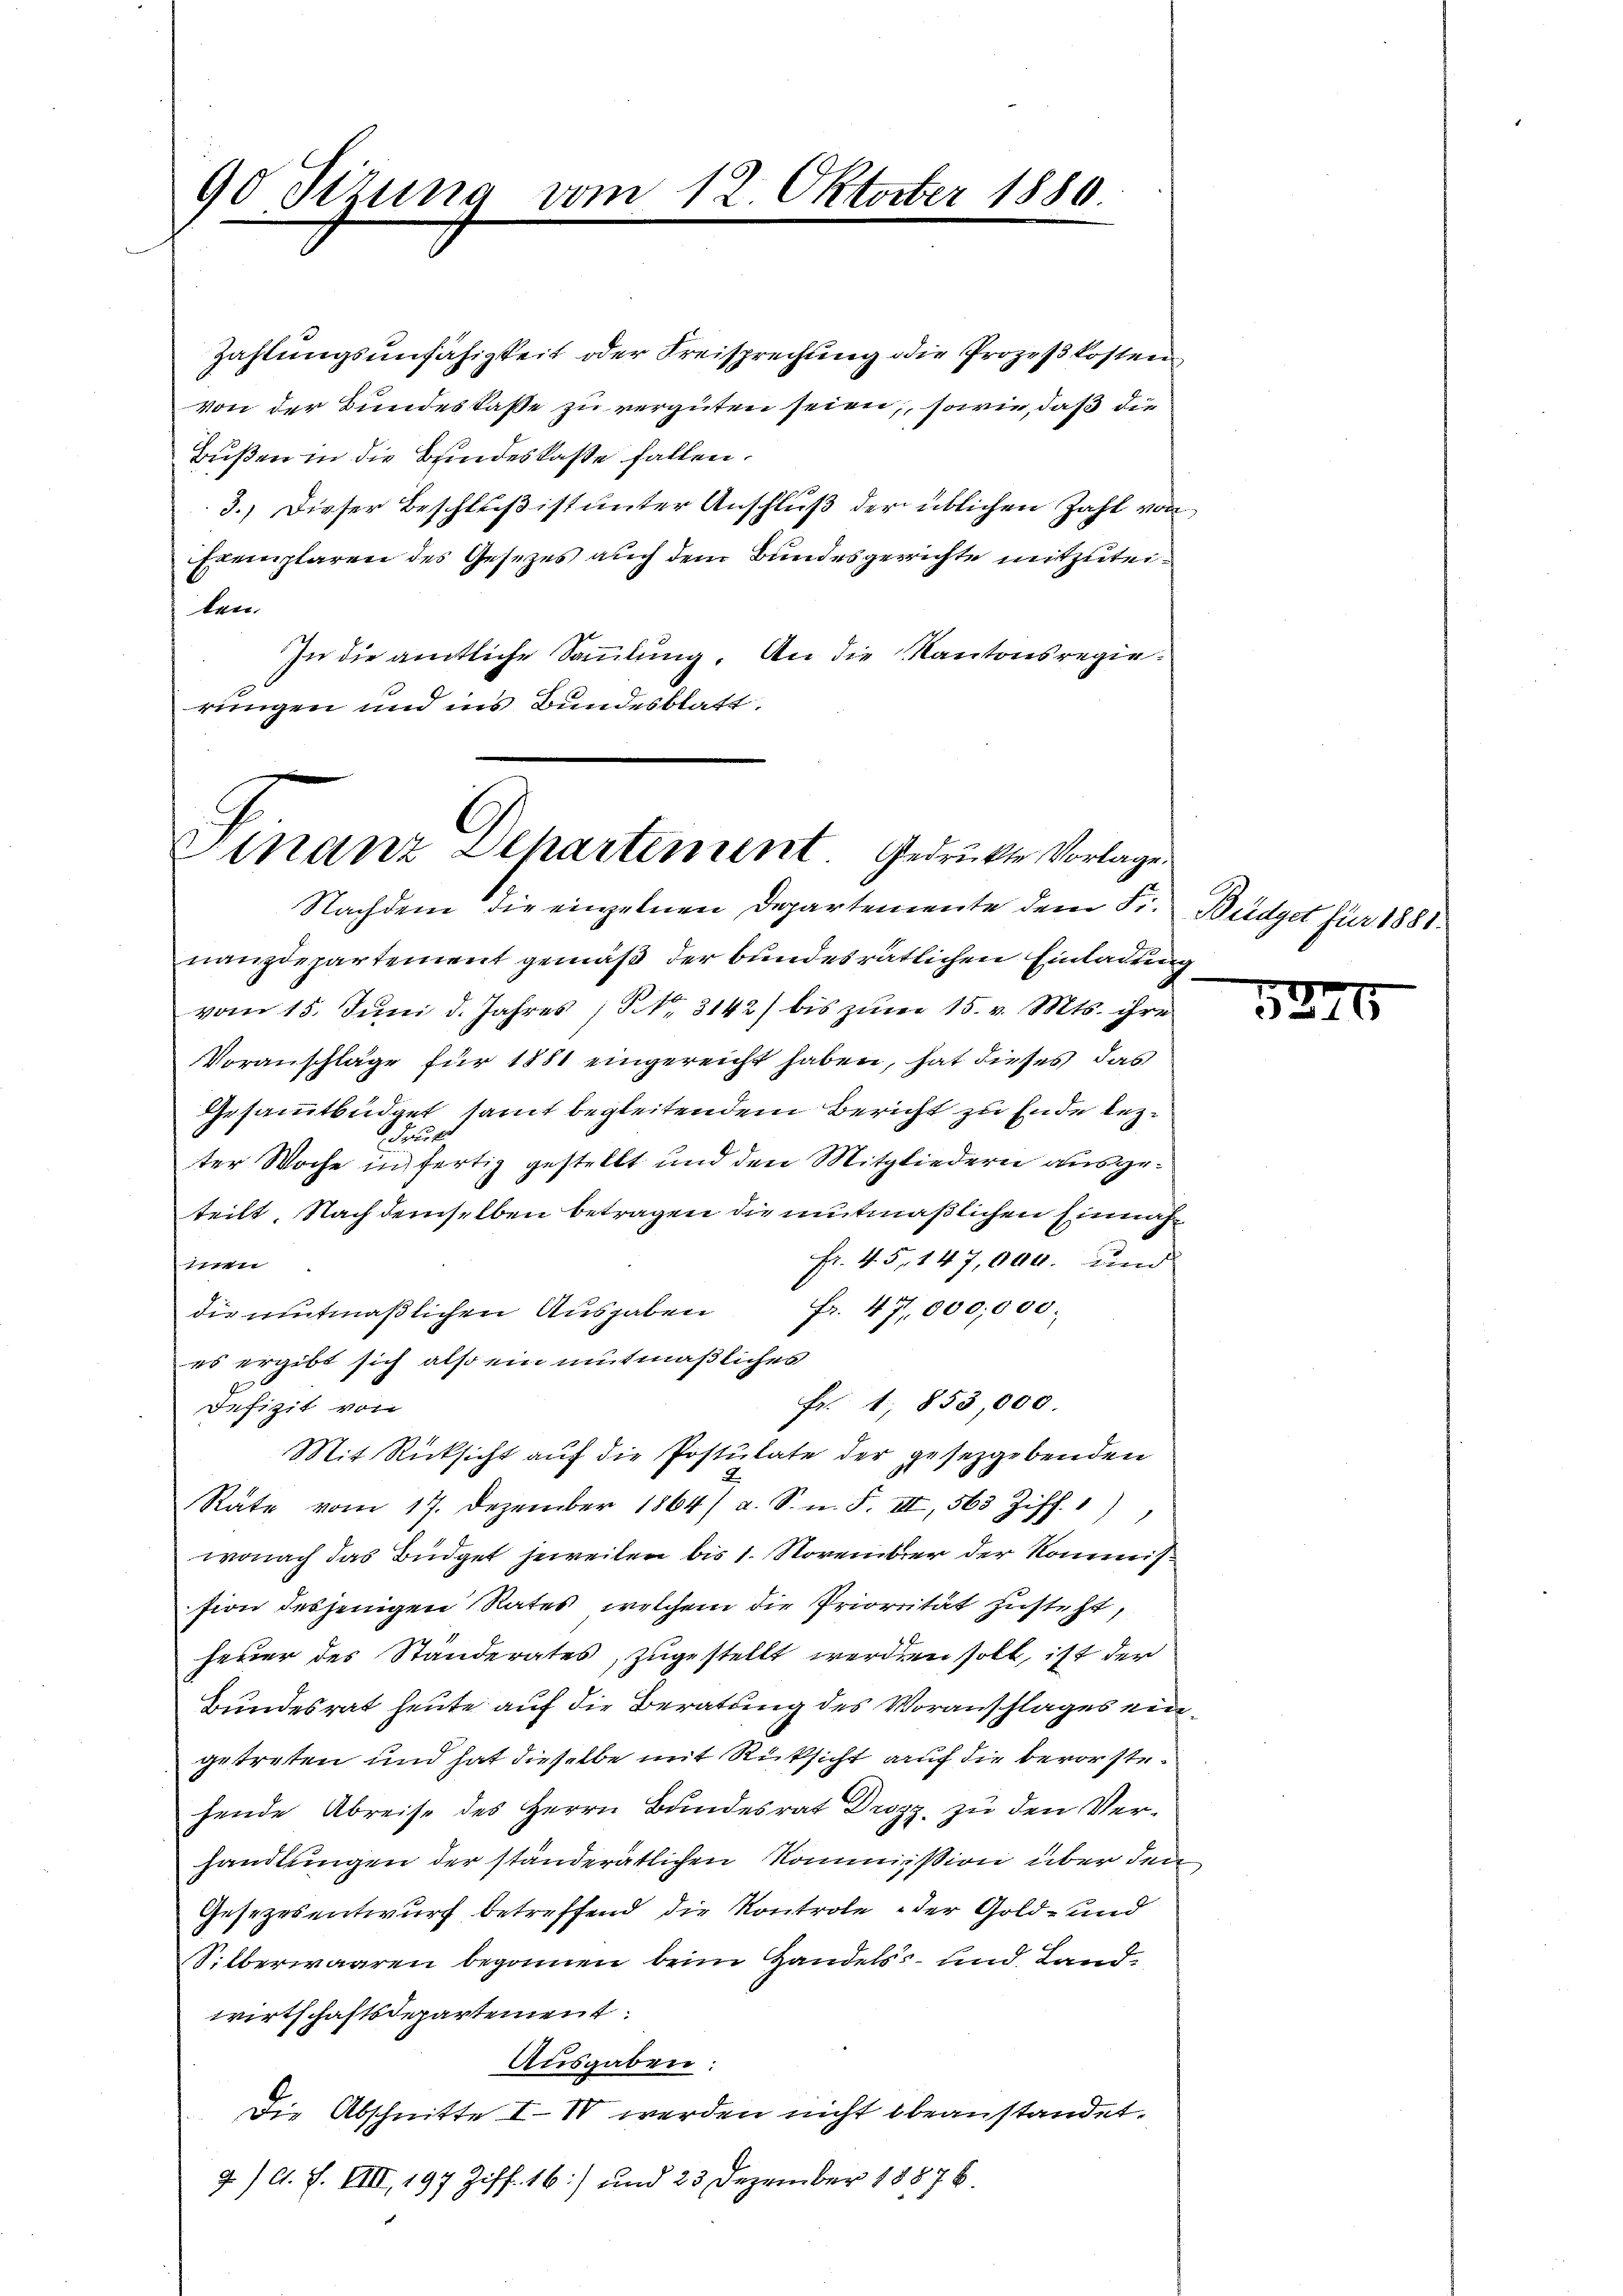
90 Sizung vom 12. Oktober 1880

Zahlungsunfähigkeit oder Freisprechung die Prozeßkosten
von der Bundeskasse zu vergüten seien, sowie, daß die
Bußen in die Bindeskasse fallen.
3.) Dieser Beschluß ist unter Anschluß der üblichen Zahl von
Exemplaren des Gesetzes auch dem Bundesgerichte mitzuteilen.
In die amtliche Sammlung. An die Kantonsregierungen und ins Bundesblatt.

Finanz Departement. Gedruckte Vorlage.

Nachdem die einzelnen Departemente der Fr. Büdget für 1881.
nanzdepartement gemäß der bundesrätlichen Einladung
vom 15. Juni d. Jahres; No. 3142) bis zum 15. v. Mts. ihre
Voranschläge für 1881 eingereicht haben, hat dieses das
Gesammtbüdget samt begleitendem Bericht zu Ende lezdruck
ter Woche in fertig gestellt und den Mitgliedern ausgeteilt. Nach demselben betragen die mutmaßlichen Einnah¬
Fr. 45, 147,000. und
inen
die mitmaßlichen Ausgaben Fr. 47,000,000.
es ergibt sich also ein mitmaßliches
Fr. 1853,000.
Defizit von
Mit Rücksicht auf die Postulate der gesetzgebenden
2
Räte vom 17. Dezember 1864/ a. S. m. F. III, 563 Ziff. 1)
wonach das Büdget jeweilen bis 1. November der Kommission desjenigen Rates, welchem die Priorität zusteht,
Feuer des Ständerates, zugestellt werden soll, ist der
Bundesrat heute auf die Beratung des Voranschlages eingetreten und hat dieselbe mit Rücksicht auf die bevorstehende Abreise des Herrn Bundesrat Drozz, zu den Verhandlungen der ständeratlichen Kommission über den
Gesetzesentwurf betreffend die Kontrole der Gold- und
Silberwaaren begonnen beim Handels- und Landwirtschaftsdepartement.
Ausgaben:
Die Abschnitte I. IV werden nicht beanstandet.
2) A. F. VIII, 197 Ziff. 16) und 23 Dezember 18876.

5240